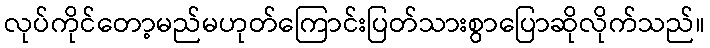
လုပ်ကိုင်တော့မည်မဟုတ်ကြောင်းပြတ်သားစွာပြောဆိုလိုက်သည်။